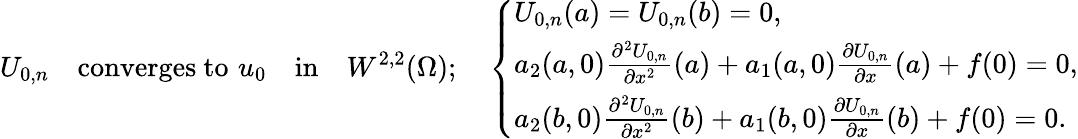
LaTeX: U_{0,n}\quad\mathrm{converges~to}\, \, u_{0}\quad\mathrm{in}\quad W^{2,2}(\Omega);\quad\left\{ \begin{array}{ll}{U_{0,n}(a)=U_{0,n}(b)=0,}\\ {a_{2}(a,0)\frac{\partial^{2}U_{0,n}}{\partial x^{2}}(a)+a_{1}(a,0)\frac{\partial U_{0,n}}{\partial x}(a)+f(0)=0,}\\ {a_{2}(b,0)\frac{\partial^{2}U_{0,n}}{\partial x^{2}}(b)+a_{1}(b,0)\frac{\partial U_{0,n}}{\partial x}(b)+f(0)=0.}\end{array}\right.